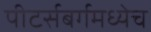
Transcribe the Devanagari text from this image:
पीटर्सबर्गमध्येच